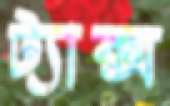
ট্যাক্স